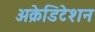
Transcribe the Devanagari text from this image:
अक्रेडिटेशन